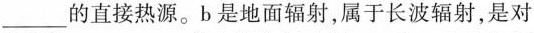
___的直接热源。b是地面辐射，属于长波辐射，是对